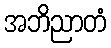
အဘိညာတံ